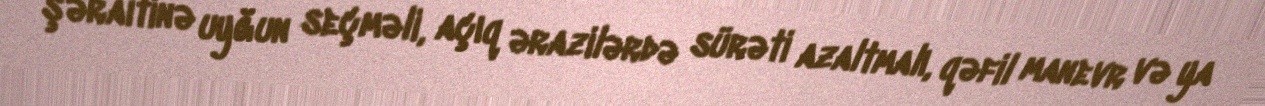
şəraitinə uyğun seçməli, açıq ərazilərdə sürəti azaltmalı, qəfil manevr və ya